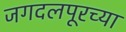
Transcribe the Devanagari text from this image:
जगदलपूरच्या